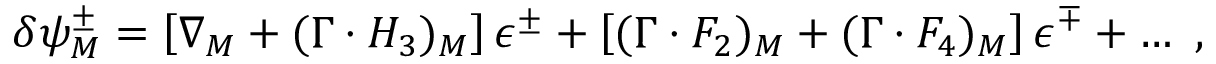
\delta \psi _ { M } ^ { \pm } = \left[ \nabla _ { M } + ( \Gamma \cdot H _ { 3 } ) _ { M } \right] \epsilon ^ { \pm } + \left[ ( \Gamma \cdot F _ { 2 } ) _ { M } + ( \Gamma \cdot F _ { 4 } ) _ { M } \right] \epsilon ^ { \mp } + \ldots \ ,